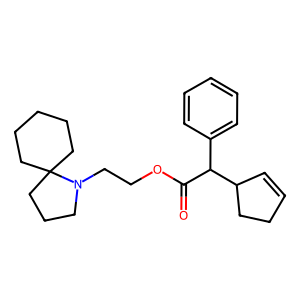
SMILES: O=C(OCCN1CCCC12CCCCC2)C(c1ccccc1)C1C=CCC1
Inhibits HIV replication: No